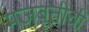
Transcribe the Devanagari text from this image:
मजबूतीची